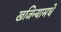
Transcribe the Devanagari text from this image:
खजिन्यामधे